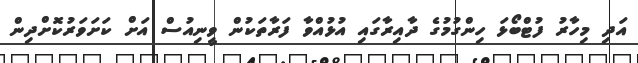
އަދި މިހާރު ފުޓްބޯޅަ ހިންގުމުގެ ދާއިރާގައި އުޅުއްވާ ފަރާތަކުން ވީނިއުސް އަށް ކަށަވަރުކޮށްދިން